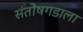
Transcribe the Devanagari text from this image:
संतोषगडाला